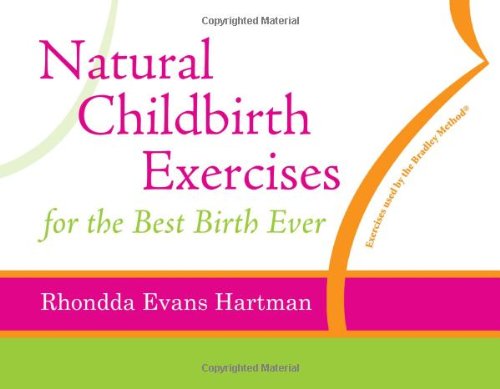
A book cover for Natural Childbirth Exercises; Rhondda Evans Hartman; Health, Fitness & Dieting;